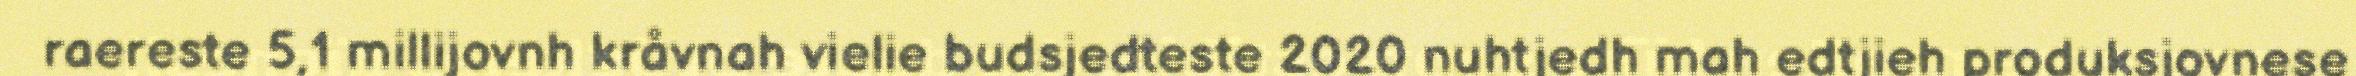
raereste 5,1 millijovnh kråvnah vielie budsjedteste 2020 nuhtjedh mah edtjieh produksjovnese